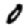
Digit: 0